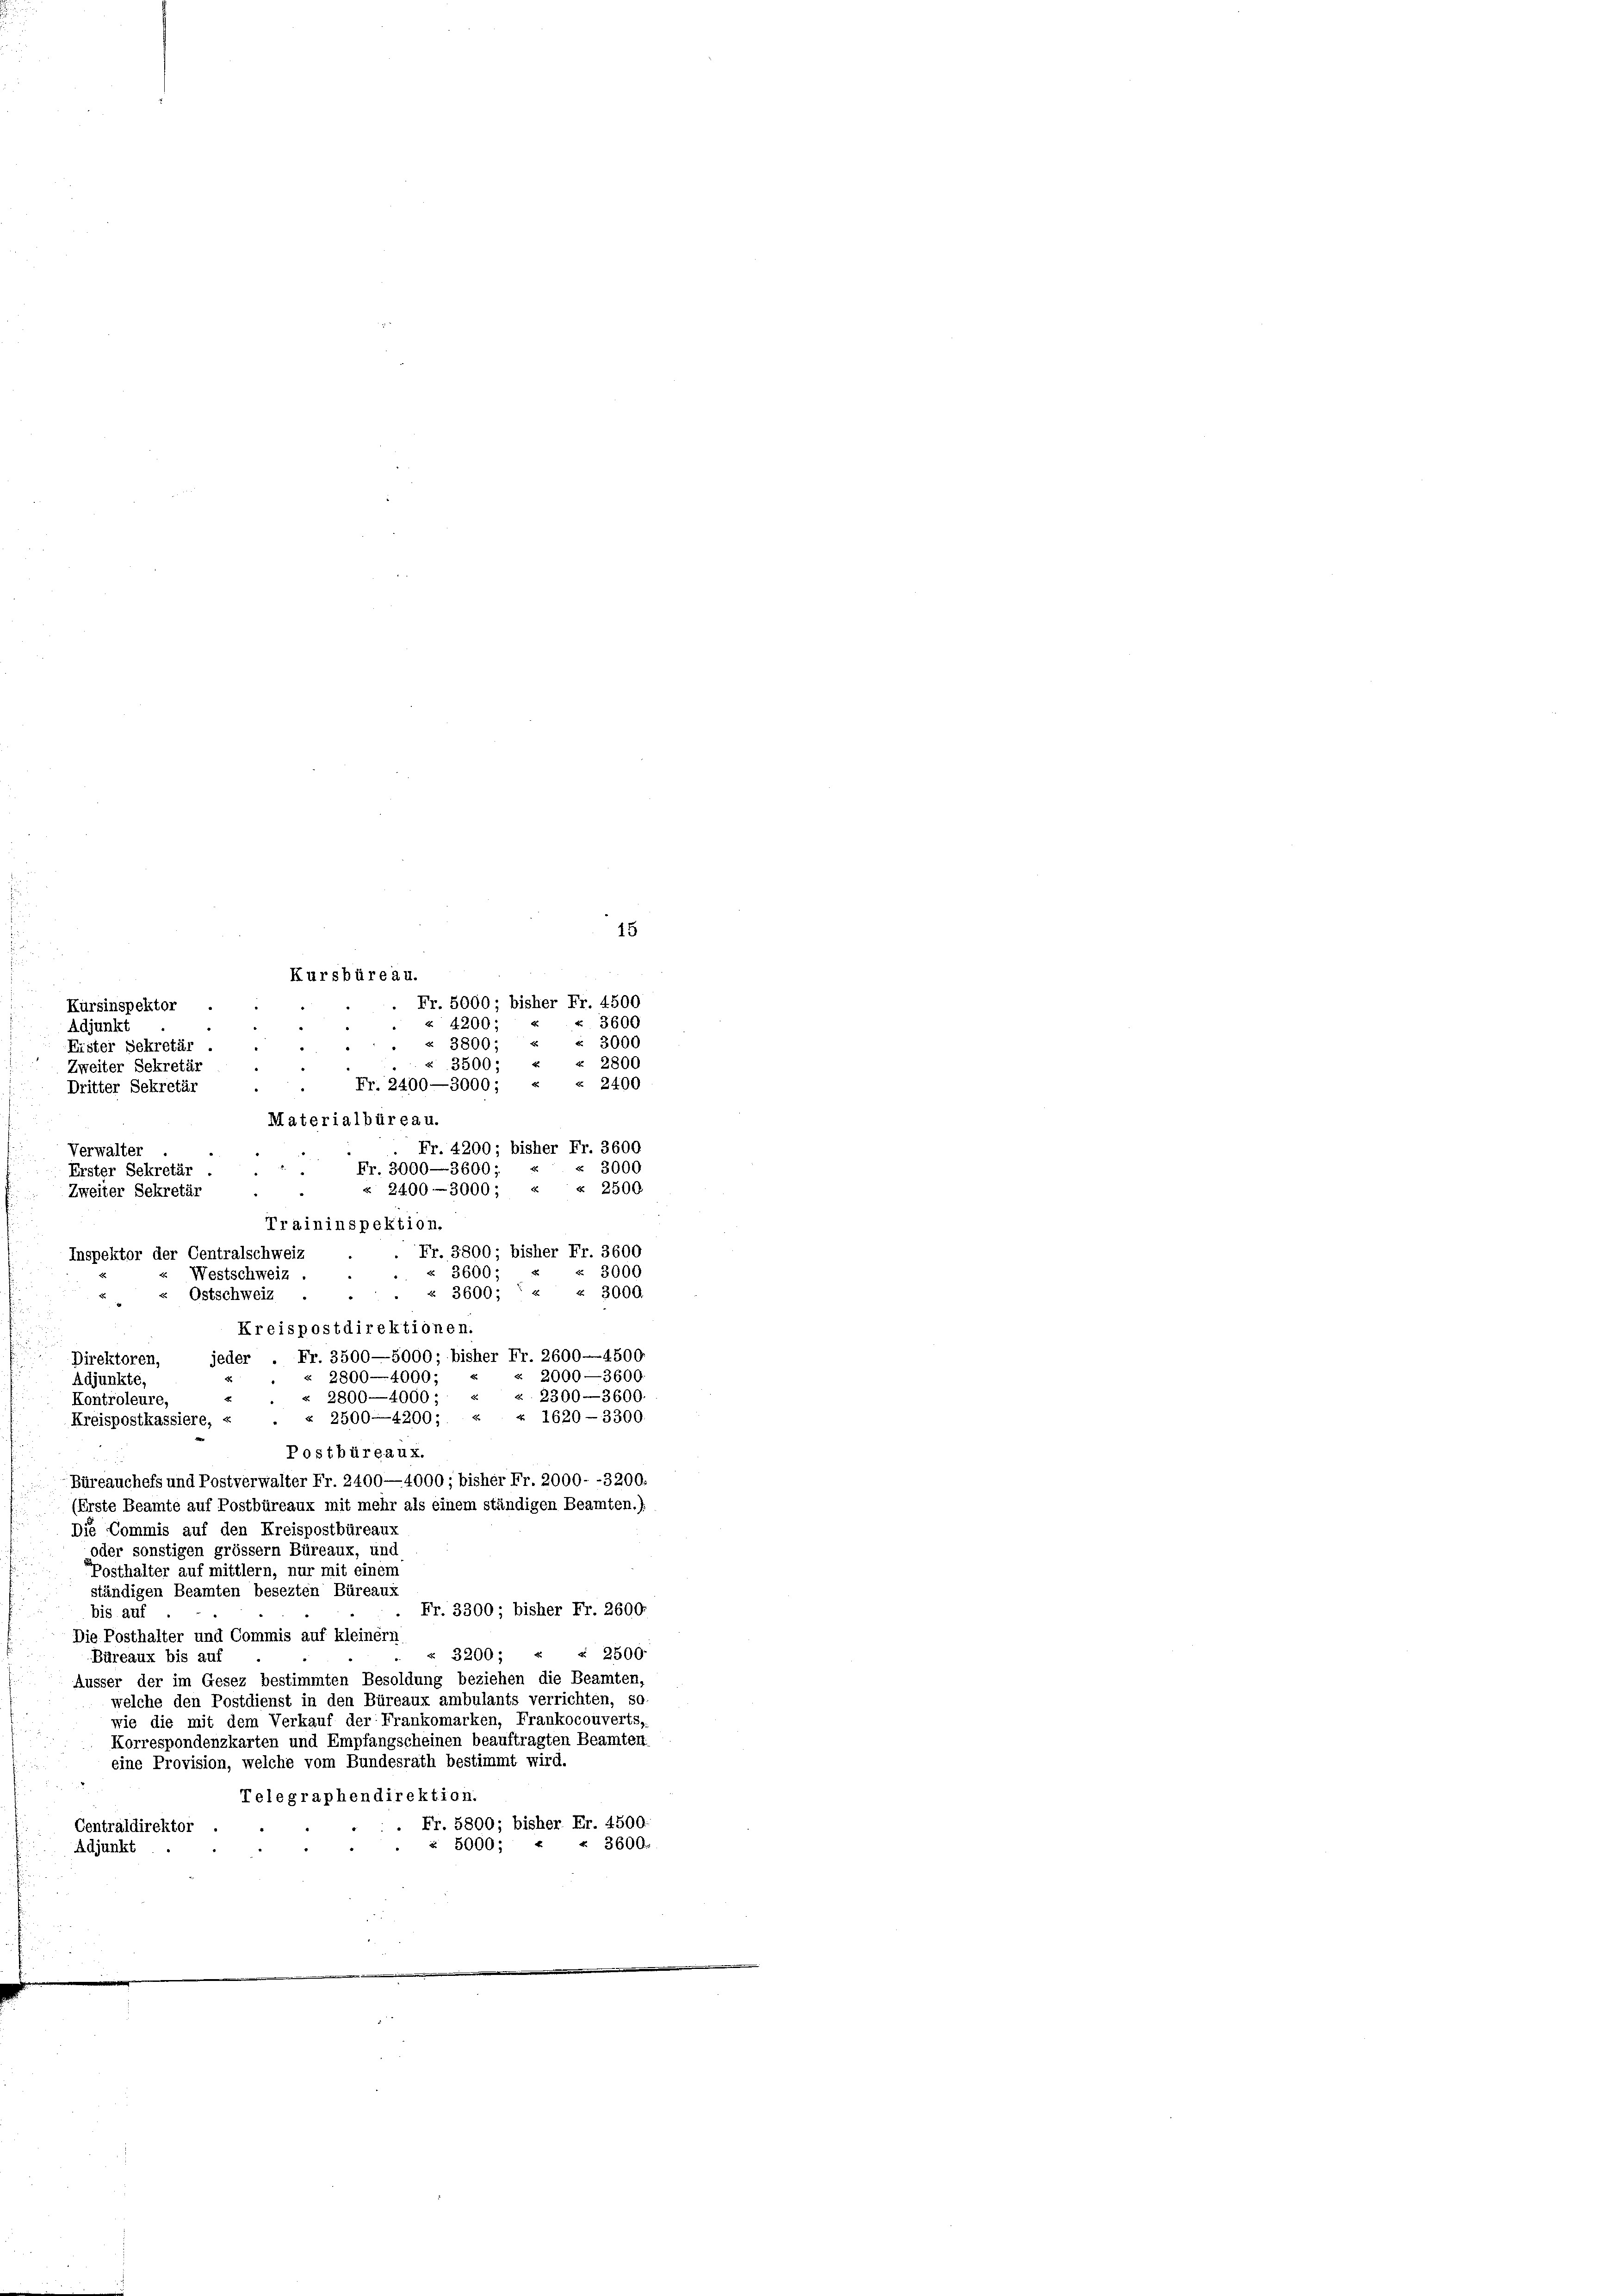
Kursbüreau.

Zweiter Sekretär
Dritter Sekretär
Materialbüreau.
Verwalter
2
Erster Sekretär
Zweiter Sekretär
Traininspektion.

Fr. 5000; bisher Fr. 4500
E
3600
« 4200
3800; « § 3000
“ 3500; « « 2800
Fr. 2400—3000; « « 2400
Fr. 4200; bisher Fr. 3600
« 3000
2400-3000; « § 2500
. Fr. 3800; bisher Fr. 3600
 3000
. § 3600; '« « 3000.
Direktoren,
«. 2000—3600
Adjunkte,
«. 2300—3600
Kontroleure,
« 1620-3300.
Büreauchefs und Postverwalter Fr. 2400—4000; bisher Fr. 2000--3200.
(Erste Beamte auf Postbüreaux mit mehr als einem ständigen Beamten.)
Die Commis auf den Kreispostbüreaus
oder sonstigen grösser Büreaux, und
Posthalter auf mittlern, nur mit einem
ständigen Beamten besezten Büreaux
Fr. 3300; bisher Fr. 2600.
bis auf
Die Posthalter und Commis auf kleinern
4 § 2500.
3200;
Büreaux bis auf
Äusser der im Gesez bestimmten Besoldung beziehen die Beamten,
welche den Postdienst in den Büreaux ambulants verrichten, so
wie die mit dem Verkauf der Frankomarken, Frankocouverts,
Korrespondenzkarten und Empfangscheinen beauftragten Beamten
eine Provision, welche vom Bundesrath bestimmt wird.
Telegraphendirektion.
Fr. 5800; bisher Fr. 4500.
Centraldirektor .
« 5000; « « 3600.
Adjunkt
.

Kürsinspektor .
Adjunkt
Eister Sekretär .

Fr. 3000—3600; «
Inspektor der Centralschweiz
 § 3600;
Westschweiz.
« Ostschweiz
Kreispostdirektionen.
jeder Fr. 3500—5000; bisher Fr. 2600—4500
« 2800—4000.
« 2800—4000;
«. 2500—4200;
Kreispostkassiere, «
Postbüreaux.

15